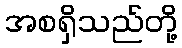
အစရှိသည်တို့